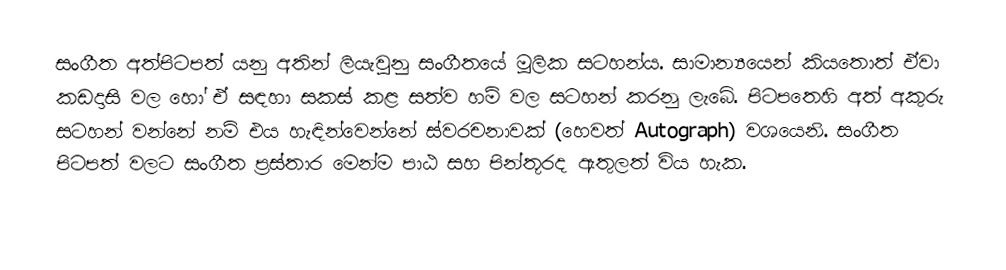
සංගීත අත්පිටපත් යනු අතින් ලියැවුනු සංගීතයේ මූලික සටහන්ය. සාමාන්‍යයෙන් කියතොත් ඒවා කඩදාසි වල හෝ ඒ සඳහා සකස් කළ සත්ව හම් වල සටහන් කරනු ලැබේ. පිටපතෙහි අත් අකුරු සටහන් වන්නේ නම් එය හැඳින්වෙන්නේ ස්වරචනාවක් (හෙවත් Autograph) වශයෙනි. සංගීත පිටපත් වලට සංගීත ප්‍රස්තාර මෙන්ම පාඨ සහ පින්තූරද ඇතුලත් විය හැක.